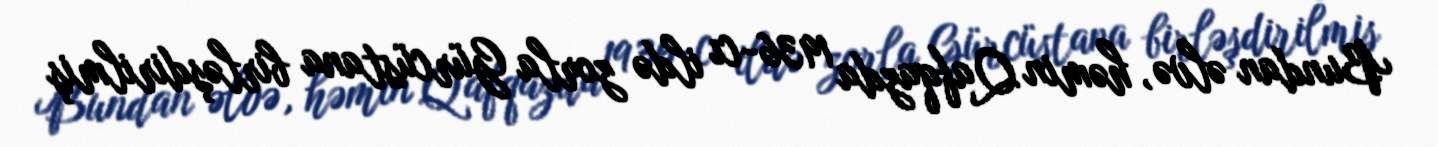
Bundan əlvə, həmin Qafqazda 1936-cı ildə zorla Gürcüstana birləşdirilmiş